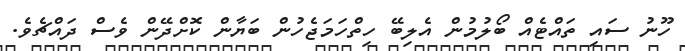
ހޫނު ސައި ތައްޓެއް ބޯލުމުން އެލިބޭ ހިތްހަމަޖެހުން ބަޔާން ކޮށްދޭން ވެސް ދައްޗެވެ.